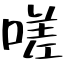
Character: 嗟